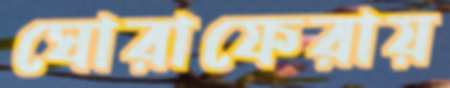
ঘোরাফেরায়